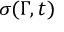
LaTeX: \sigma ( \Gamma , t )